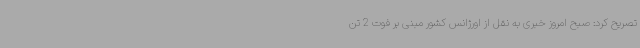
تصریح کرد: صبح امروز خبری به نقل از اورژانس کشور مبنی بر فوت 2 تن